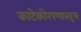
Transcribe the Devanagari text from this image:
काटेकोरपणाबद्दल